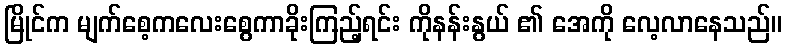
မြိုင်က မျက်စေ့ကလေးစွေကာခိုးကြည့်ရင်း ကိုနန်းနွယ် ၏ အေကို လေ့လာနေသည်။